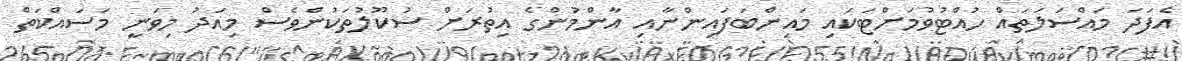
އެފަދަ މައްސަލަތައް ހުއްޓުވުމަށްޓަކައި މައިންބަފައިންނާއި އާންމުންގެ އިތުރަށް ސުކޫލުތަކުންވެސް މިއަދު މިވަނީ މަސައްކަތް